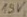
Text: 15V